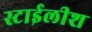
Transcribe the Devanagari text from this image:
स्टाईलीश